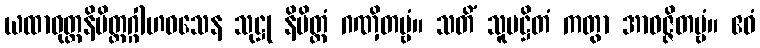
ယထာဝုတ္တနိမိတ္တဂ္ဂါဟဝသေန သုဋ္ဌု နိမိတ္တံ ဂဏှိတဗ္ဗံ။ သတိံ သူပဋ္ဌိတံ ကတွာ အာဝဇ္ဇိတဗ္ဗံ။ ဧဝံ